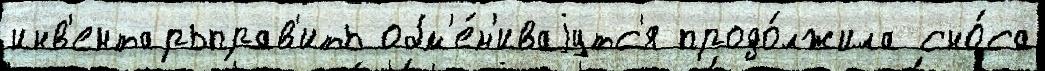
инв'ентарьправ'ить обм'е́н'иваjутс'я продо́лжила сно́са